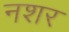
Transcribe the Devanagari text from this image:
नशर